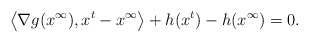
\begin{align*}\left\langle\nabla g({x}^\infty), x^t-{x}^\infty\right\rangle+h(x^t)-h({x}^\infty)=0. \end{align*}